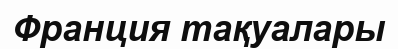
Франция тақуалары